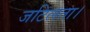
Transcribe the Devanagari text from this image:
जटिलता।